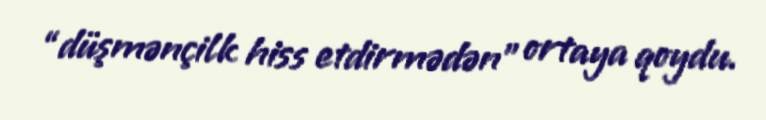
“düşmənçilk hiss etdirmədən” ortaya qoydu.